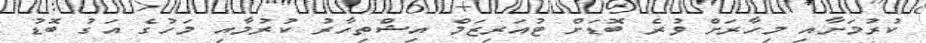
ކުރުމަށާއި މިހާރަށް ވުރެ ބޮޑަށް ޓުއަރިޒަމް އިޝްތިހާރު ކުރުމާއި މަހުގެ އަގު ބޮޑު